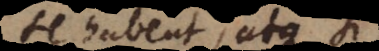
se habent, atque si